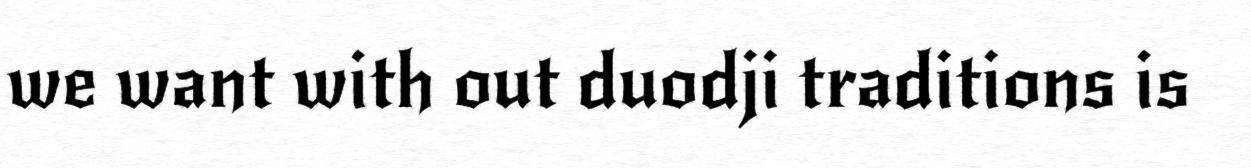
we want with out duodji traditions is